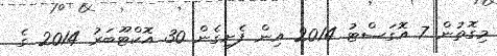
މިގޮތުން 7 އޮގަސްޓު 2014 އިން ފެށިގެން 30 އޮކްޓޫބަރު 2014 ގެ